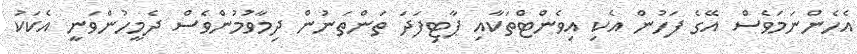
އެހެންނަމަވެސް އޭގެ ފަހުން އެކި އިވެންޓްތަކާއި ޕާޓިފަދަ ތަންތަނުން ދިމާވުމުންވެސް ދެމީހުންވަނީ އެކަކު